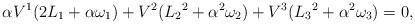
LaTeX: \begin{align*} \alpha V^1(2 {L}_1+\alpha\omega_1)+V^2({L}_2{}^2+\alpha^2\omega_2)+V^3({L}_3{}^2+\alpha^2\omega_3)=0,\end{align*}